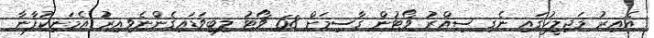
އެއިރު މަޖިލީހުގައި ނެގި ސިއްރު ވޯޓުން ގާސިމަށް 68 ވޯޓު ލިބިވަޑައިގެންނެވިއިރު އެމަނިކުފާނާ